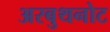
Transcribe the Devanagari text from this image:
अरबुथनोट